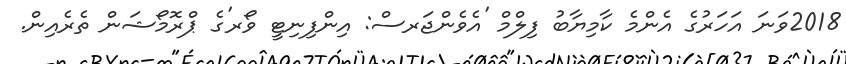
2018ވަނަ އަހަރުގެ އެންމެ ކާމިޔާބު ފިލްމް 'އެވެންޖަރސް: އިންފިނިޓީ ވޯރ'ގެ ޕްރޮމޯޝަން ތެރެއިން.